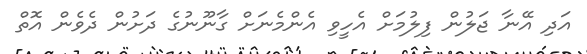
އަދި އޭނާ ޖަލުން ފިލުމަށް އެހީވި އެންމެނަށް ގާނޫނުގެ ދަށުން ދެވެން އޮތް